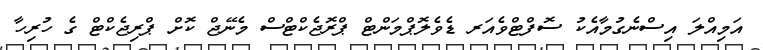
އަމިއްލަ އިސްނެގުމާއެކު ސޮފްޓްވެއަރ ޑެވެލޮޕްމަންޓް ޕްރޮޖެކްޓްސް މެނޭޖް ކޮށް ޕްރިޖެކްޓް ގެ ހުރިހާ